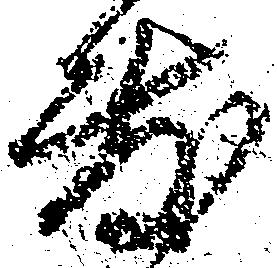
敷